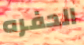
الحفره